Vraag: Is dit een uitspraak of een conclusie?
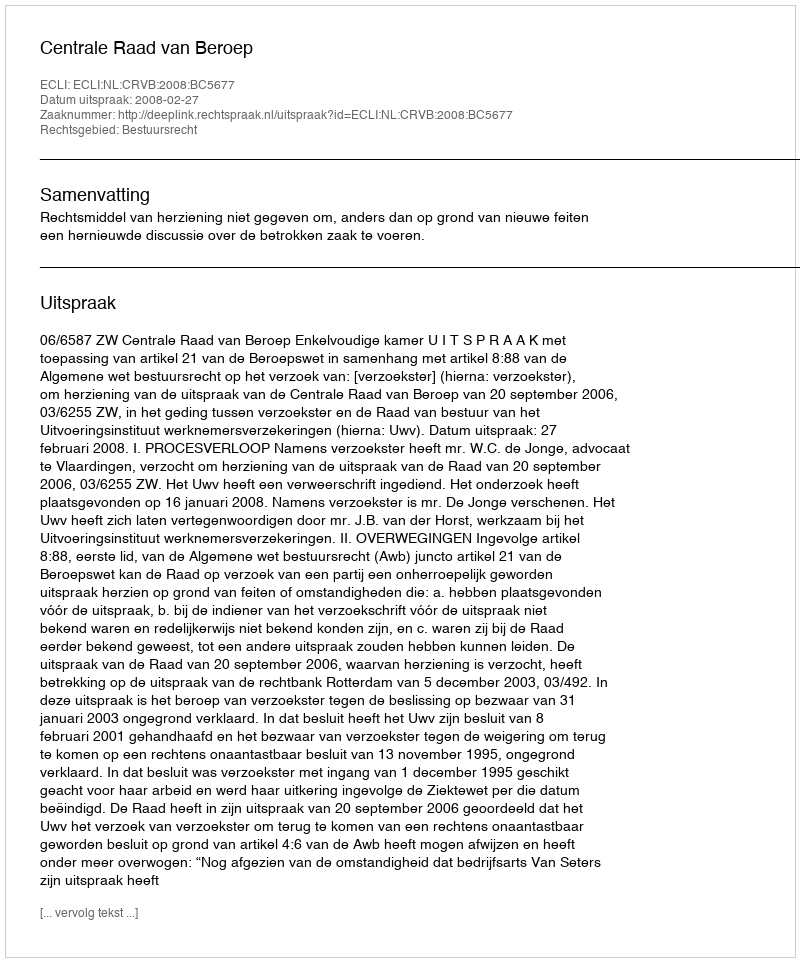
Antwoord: Uitspraak